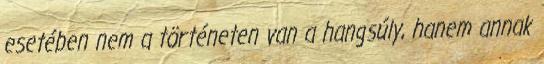
esetében nem a történeten van a hangsúly, hanem annak